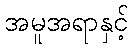
အမူအရာနှင့်